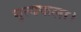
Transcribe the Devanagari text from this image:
नृत्‍यकला।